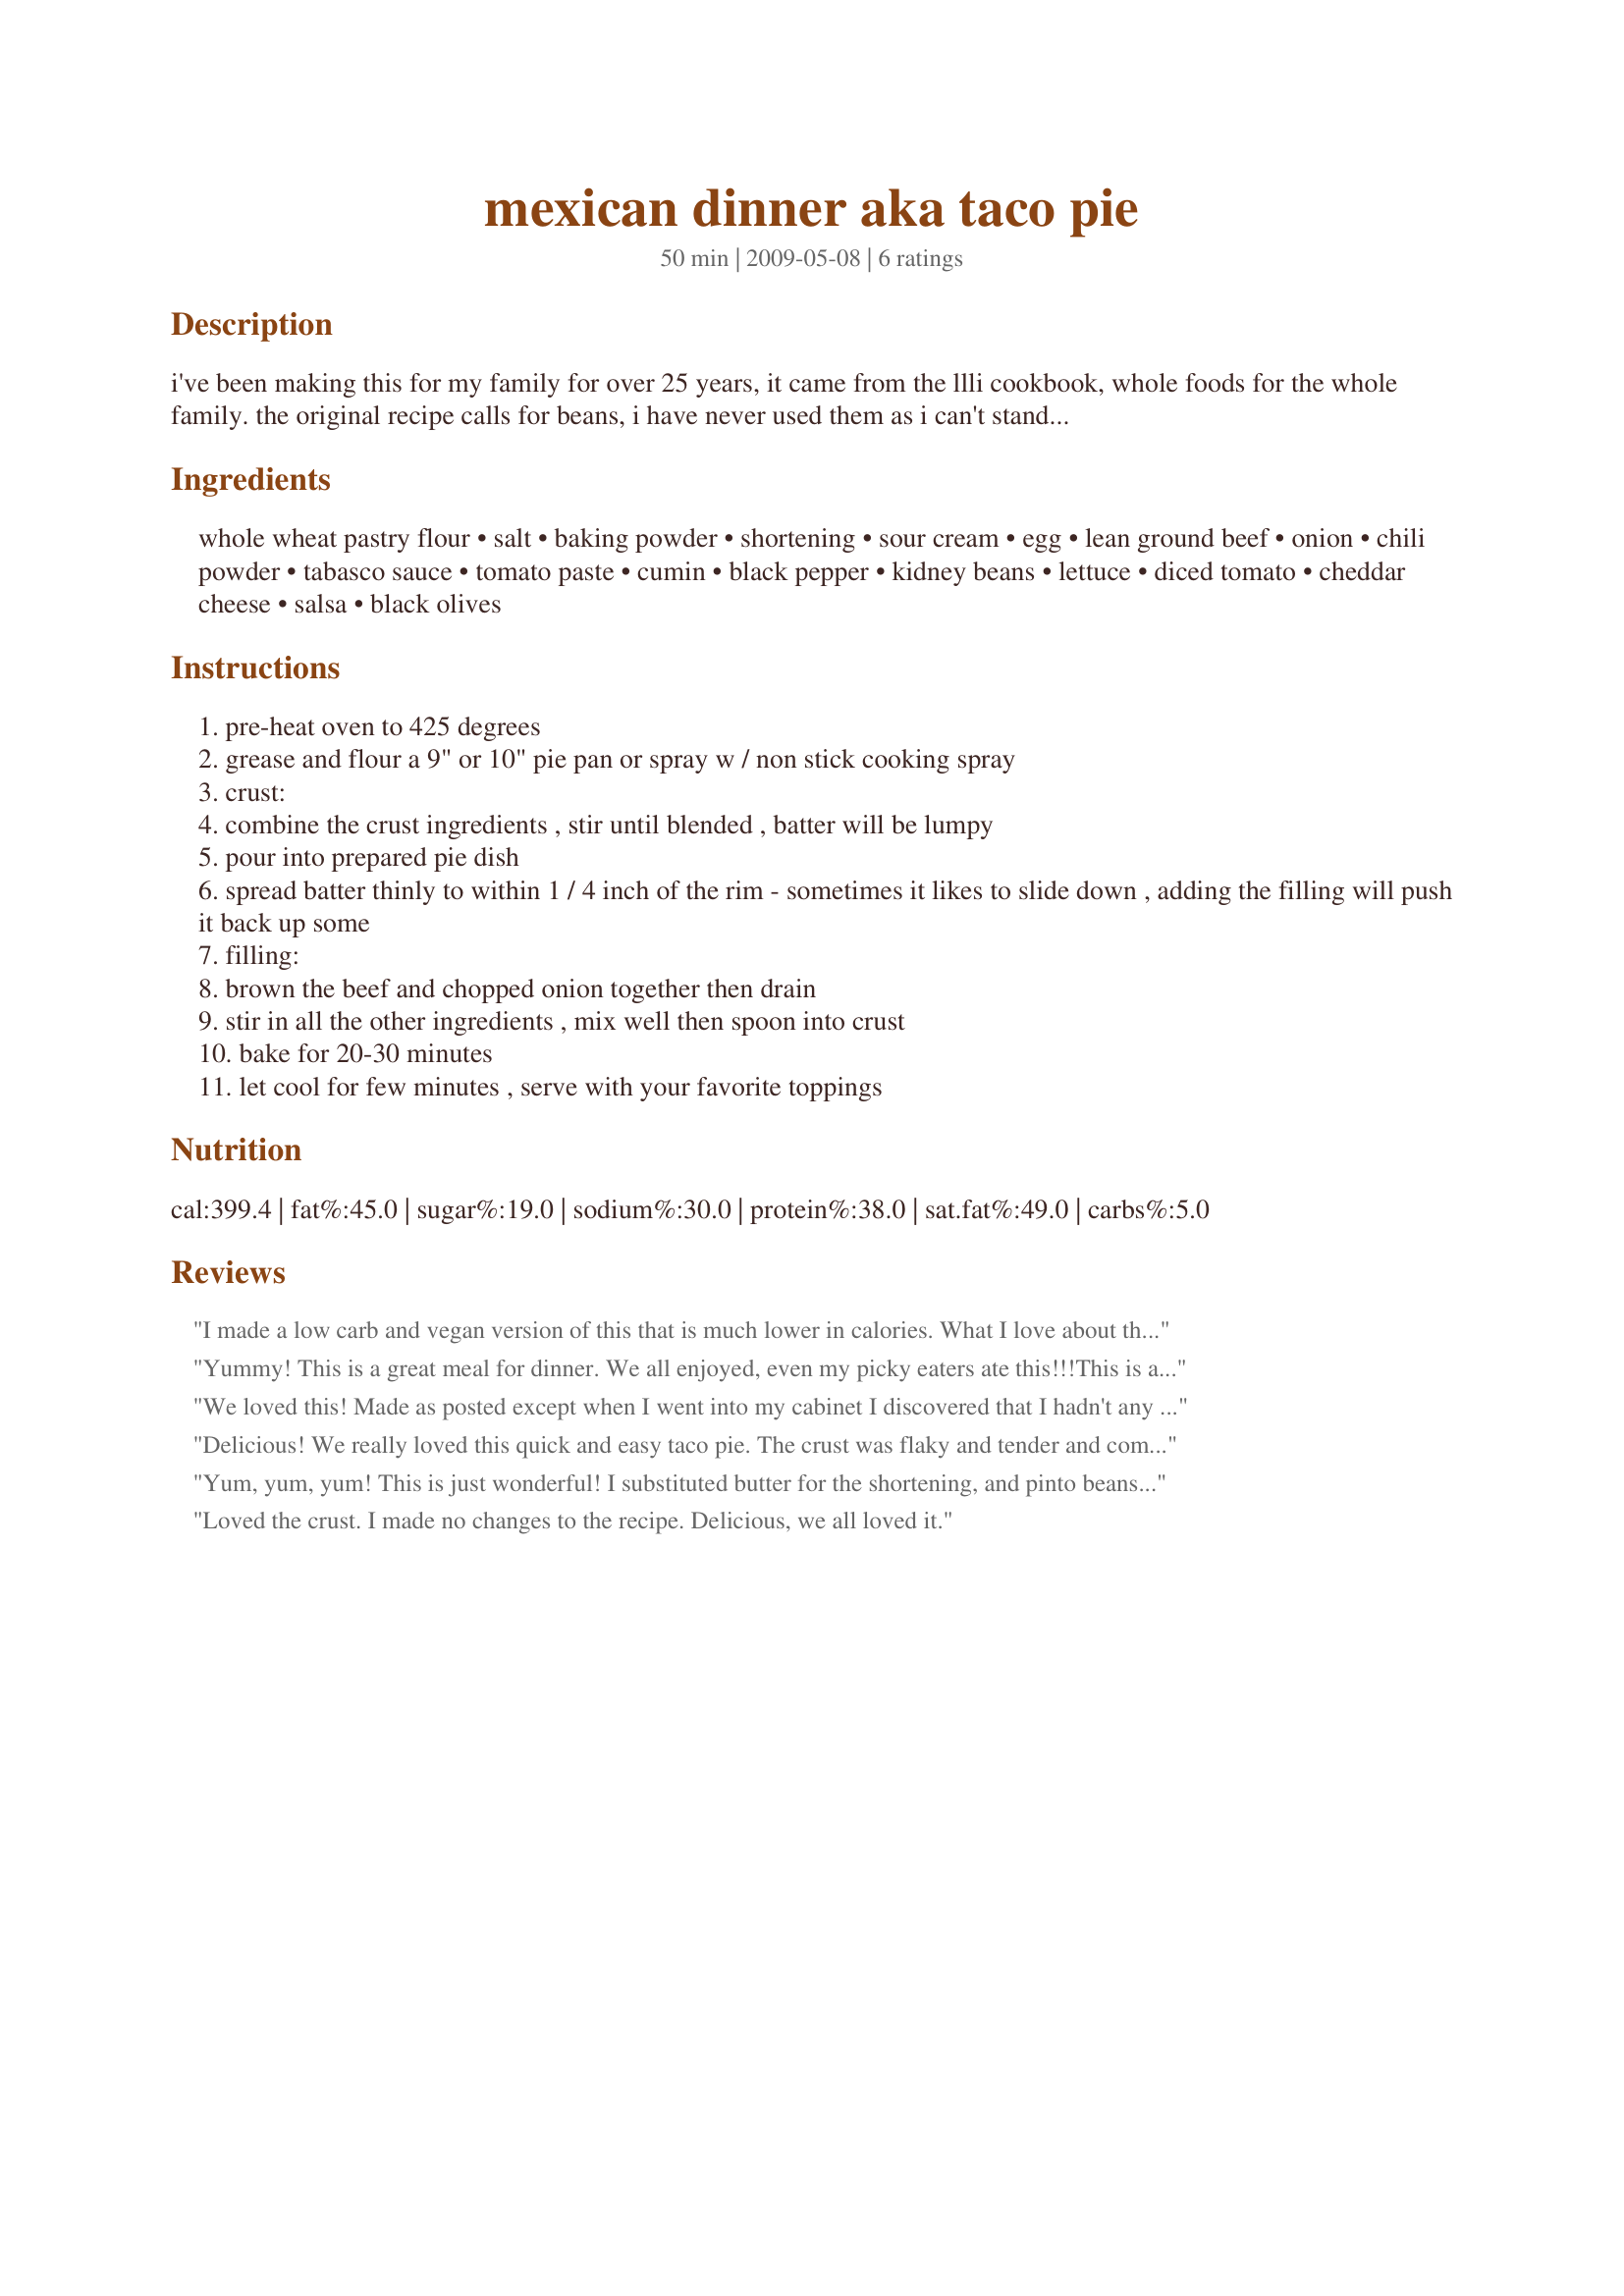
mexican dinner aka taco pie
Preparation time: 50 minutes

i've been making this for my family for over 25 years, it came from the llli cookbook, whole foods for the whole family. the original recipe calls for beans, i have never used them as i can't stand them, so i have included them as optional. this is a very kid friendly recipe, and easier for them to eat then hard shell tacos. it is not very spicy, if you like it spicy add more hot sauce, some green chilies, more cumin, etc. pepper jack on top would also spice it up some more. the crust is very different, more bread or biscuit - like not at all like a regular pie crust. when you spoon it in the pan is will seem all gooey and you'll wonder how it works.

Ingredients:
whole wheat pastry flour, salt, baking powder, shortening, sour cream, egg, lean ground beef, onion, chili powder, tabasco sauce, tomato paste, cumin, black pepper, kidney beans, lettuce, diced tomato, cheddar cheese, salsa, black olives

Steps:
pre-heat oven to 425 degrees
grease and flour a 9" or 10" pie pan or spray w / non stick cooking spray
crust:
combine the crust ingredients , stir until blended , batter will be lumpy
pour into prepared pie dish
spread batter thinly to within 1 / 4 inch of the rim - sometimes it likes to slide down , adding the filling will push it back up some
filling:
brown the beef and chopped onion together then drain
stir in all the other ingredients , mix well then spoon into crust
bake for 20-30 minutes
let cool for few minutes , serve with your favorite toppings

Reviews:
I made a low carb and vegan version of this that is much lower in calories. What I love about this recipe, is that it was so easy to modify without hoping everything would turn out good. To start with - I eliminated the crust and replaced with with a low-carb tortilla from "La Tortilla Smart & Delicious" at the bottom of a pie dish. By replacing the pie crust with a low carb torilla, you only have (for the whole crust) 90 Calories, 3 grams fat, 6 net carbs and 13 grams of Fiber!! Which means if you divide this pie by 4 servings/people, that means each person gets 22.5 calories each!!!!!! NICE! Substituted the meat with Lightlife Veggie protein crumbles which have 14 grams of protein and ZERO GRAMS of FAT! I left the rest of the spice and beans as directed and topped this pie with: Fresh salsa from the produce section, a sprinkle of vegan cheddar cheese and romaine lettuce (because Romaine has more nutrients, regular lettuce has no nutrional value) Original recipe was 650 calories with 455 calories from FAT! :-O My modifications I was able to DRASTICALLY REDUCE: calories, fat, and carbs. So, now I can enjoy a pie like this and put off heart-bypass surgery for another 10 years!
Yummy! This is a great meal for dinner. We all enjoyed, even my picky eaters ate this!!!This is a KEEPER! Made for PRMR!!!!
We loved this! Made as posted except when I went into my cabinet I discovered that I hadn't any kidney nor black beans so used garbanzo which looked unique-lol- but tasted great. The three of us ate the whole thing. Thank you momaphet for sharing.
Delicious! We really loved this quick and easy taco pie. The crust was flaky and tender and complimented the filling. I used buttermilk for the crust, and added a 4 oz. can of diced green chilies and a 15 1/2 oz. can of kidney beans for the filling. I topped the pie with shredded lettuce, 4-cheese Mexican cheese, sour cream, green onions, and salsa fresca. Thank you for sharing this wonderful recipe. **Made for 2015 Culinary Quest (Tex-Mex) for Munching Minions.
Yum, yum, yum! This is just wonderful! I substituted butter for the shortening, and pinto beans instead of kidney, and added more spices than called for; but I just loved the result. The crust is a tender, puffy biscuit, and the filling is like a rich, smokey burrito. I topped with queso fresco cheese, green onions, and sour cream. Loved it, and will definitely make again! Well worth the calories, I can diet tomorrow!
Loved the crust. I made no changes to the recipe. Delicious, we all loved it.
